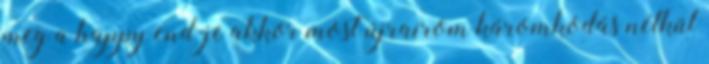
meg a happy end-je akkor most újraírom káromkodás nélkül